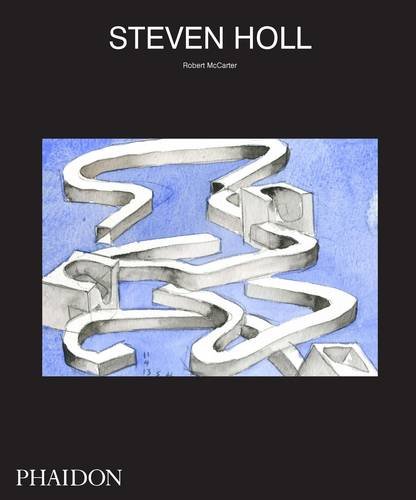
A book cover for Steven Holl; Robert McCarter; Arts & Photography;